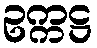
ဥက္ကဋ္ဌ